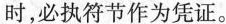
时，必执符节作为凭证。